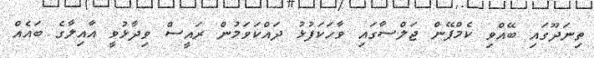
ތިނަދޫގައި ބޭއްވި ކެމްޕޭން ޖަލްސާގައި ވާހަކަފުޅު ދައްކަވަމުން ރައީސް ވިދާޅުވީ އާއިލާގެ ބައެއް